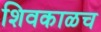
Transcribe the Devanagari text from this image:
शिवकाळच